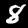
Label: 8